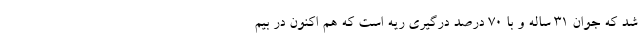
شد که جوان ۳۱ ساله و با ۷۰ درصد درگیری ریه است که هم اکنون در بیم